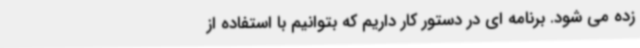
زده می شود. برنامه ای در دستور کار داریم که بتوانیم با استفاده از